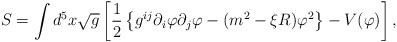
\begin{align*}S=\int d^5x\sqrt{g}\left[ \frac{1}{2}\left\{ g^{ij}\partial_i\varphi\partial_j\varphi - (m^2-\xi R)\varphi^2 \right\} - V(\varphi) \right] , \end{align*}